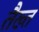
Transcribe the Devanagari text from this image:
तैख्त